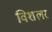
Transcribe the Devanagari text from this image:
विशलर